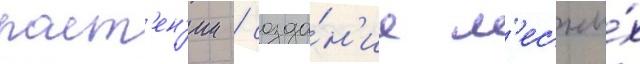
раст'ен'ии / созда́н'ие л'есны́х